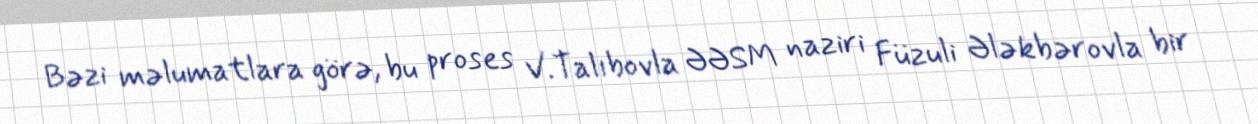
Bəzi məlumatlara görə, bu proses V.Talıbovla ƏƏSM naziri Füzuli Ələkbərovla bir